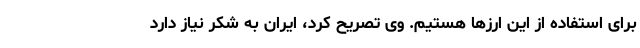
برای استفاده از این ارزها هستیم. وی تصریح کرد، ایران به شکر نیاز دارد